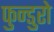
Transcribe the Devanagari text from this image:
फुन्डुरो